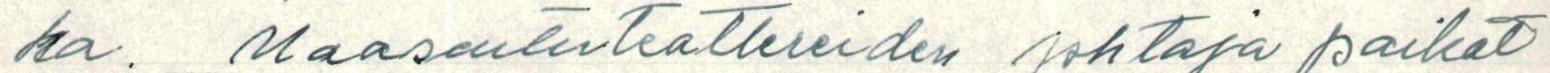
ka. Maaseututeattereiden johtaja paikat